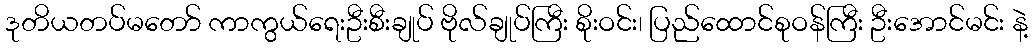
ဒုတိယတပ်မတော် ကာကွယ်ရေးဦးစီးချုပ် ဗိုလ်ချုပ်ကြီး စိုးဝင်း၊ ပြည်ထောင်စုဝန်ကြီး ဦးအောင်မင်း နဲ့